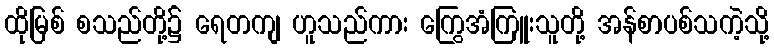
ထိုမြစ် စသည်တို့၌ ရေတကျ ဟူသည်ကား ကြွေအံကြူးသူတို့ အန်စာပစ်သကဲ့သို့